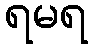
ရမရ